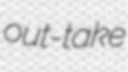
out-take